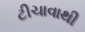
ટીચાવાથી